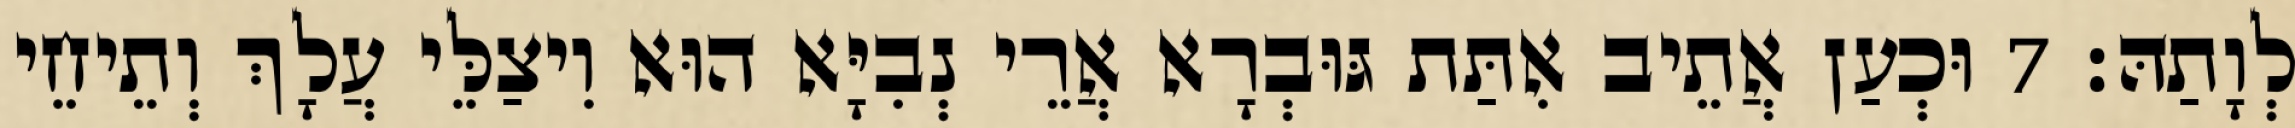
לְוָתַהּ׃ 7 וּכְעַן אֲתֵיב אִתַּת גּוּבְרָא אֲרֵי נְבִיָּא הוּא וִיצַלֵּי עֲלָךְ וְתֵיחֵי